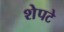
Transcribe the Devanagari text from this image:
शेपटे